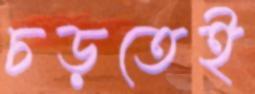
চড়তেই